Indian journal of veterinary science and animal husbandry - Volume 13,
Year: 1943
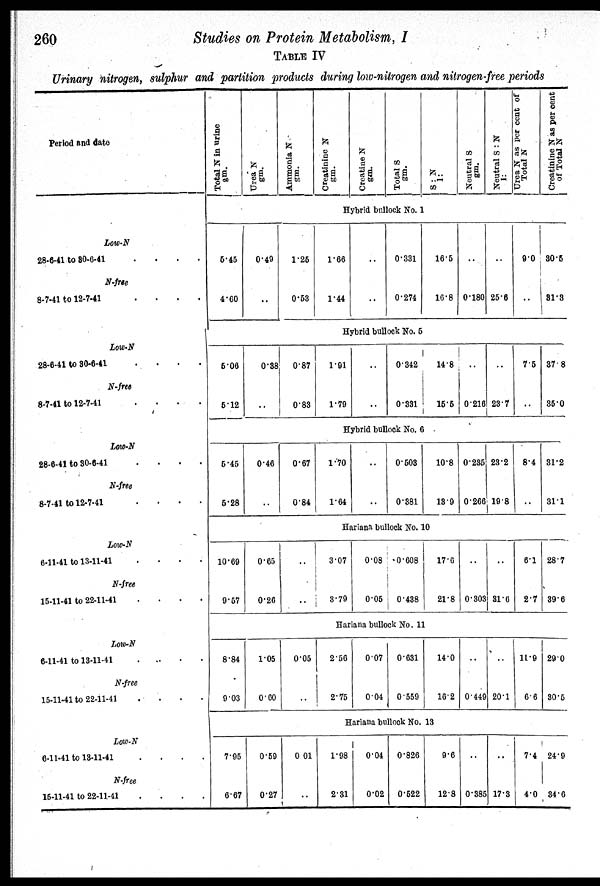
260
Studies on Protein Metabolism, I
TABLE IV
Urinary nitrogen, sulphur and partition products during low-nitrogen and nitrogen-free periods
Period and date
Low-N
28-6-41 to
30-6-41
.
.
.
.
N-free
8-7-41 to 12-7-41
.
.
.
.
Low-N
28-6-41 to 30-8-41
.
.
.
.
N-free
8-7-41 to 12-7-41
.
.
.
.
Low-N
28-6-41 to 30-6-41
.
.
.
.
N-free
8-7-41 to 12-7-41
.
.
.
.
Low-N
6-11-41 to 13-11-41
.
.
.
.
N-free
15-11-41 to 22-11-41
.
.
.
.
Low-N
6-11-41 to 13-11-41
.
.
.
.
N-free
15-11-41 to 22-11-41
.
.
.
.
Low-N
6-11-41 to 13-11-41 . . . . .
N-free
15-11-41 to 22-11-41
.
.
.
.
Total N in urine
Urea N
gm.
Ammonia N
gm.
Creatinine N
gm.
Creatine N
gm.
Total S
gm.
S: N
1:
Neutral S
gm.
Neutral S : N
I:
Urea N as per cent of
Total N
Creatinine N as per cent
of Total N
Hybrid bullock No. 1
5.45
4.60
5.06
5.12
0.49
..
0.38
..
1.25
0.53
0.87
0.83
1.66
1.44
..
..
0.331
0.274
16.5
16.8
Hybrid bullock No. 5
1.91
1.79
..
..
0.342
0.331
14.8
15.5
..
0.180
..
0.216
..
25.6
..
23.7
90
..
7.5
..
30.5
31.3
37.8
35.0
Hybrid bullock No. 6
5.45
5.28
10.69
9.57
8.84
9.03
7.95
6.67
0.46
..
0.65
0.26
1.05
0.60
0.59
0.27
0.67
0.84
..
..
0.05
..
0.01
..
1.70
1.64
..
..
0.503
0.381
10.8
139
Hariana bullock No. 10
3.07
3.79
0.08
0.05
0.608
0.438
17.6
21.8
Hariana bullock No. 11
2.56
2.75
0.07
0.04
0.631
0.559
14.0
16.2
Hariana bullock No. 13
1.98
2.31
0.04
0.02
0.826
0.522
9.6
12.8
0.235
0.266
..
0.303
..
0.449
..
0.385
23.2
19.8
..
31.6
..
20.1
..
17.3
8.4
..
6.1
2.7
11.9
6.6
7.4
4.0
31.2
31.1
28.7
39.6
29.0
30.5
24.9
34.6